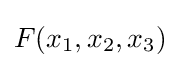
F(x_{1},x_{2},x_{3})